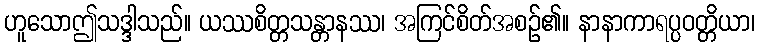
ဟူသောဤသဒ္ဒါသည်။ ယဿစိတ္တသန္တာနဿ၊ အကြင်စိတ်အစဉ်၏။ နာနာကာရပ္ပဝတ္တိယာ၊